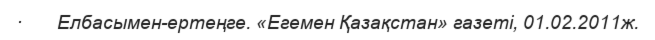
·       Елбасымен-ертеңге. «Егемен Қазақстан» газеті, 01.02.2011ж.